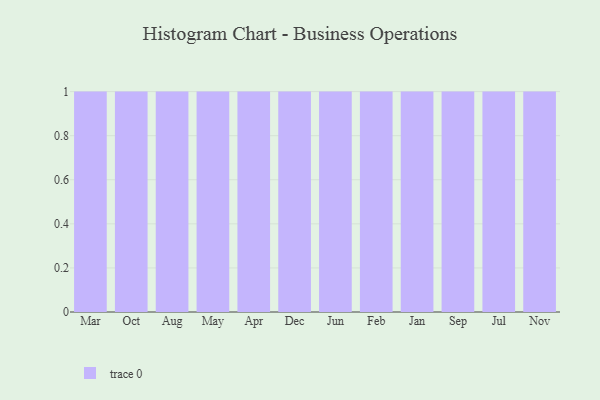
{"axis": {"x": "Month", "y": "Backlog"}, "legend": [""], "data": [{"x": "Mar", "y": 23, "type": ""}, {"x": "Oct", "y": 83, "type": ""}, {"x": "Aug", "y": 37, "type": ""}, {"x": "May", "y": 10, "type": ""}, {"x": "Apr", "y": 37, "type": ""}, {"x": "Dec", "y": 7, "type": ""}, {"x": "Jun", "y": 69, "type": ""}, {"x": "Feb", "y": 26, "type": ""}, {"x": "Jan", "y": 52, "type": ""}, {"x": "Sep", "y": 77, "type": ""}, {"x": "Jul", "y": 47, "type": ""}, {"x": "Nov", "y": 86, "type": ""}]}